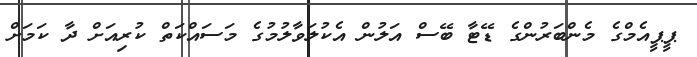
ޕީޕީއެމްގެ މެންބަރުންގެ ޑޭޓާ ބޭސް އަލުން އެކުލަވާލުމުގެ މަސައްކަތް ކުރިއަށް ދާ ކަމަށް